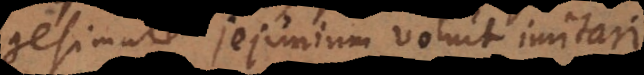
quadragesimale jejunium voluit imitari.